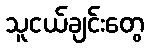
သူငယ်ချင်းတွေ